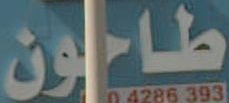
طاحون